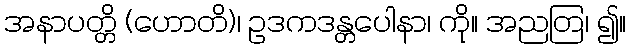
အနာပတ္တိ (ဟောတိ)၊ ဥဒကဒန္တပေါနာ၊ ကို။ အညတြ၊ ၍။